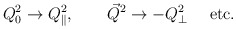
\begin{align*}Q_0^2 \to Q_{\|} ^2, \ \ \ \ \ \ {\vec Q}^2 \to - Q_{\bot}^2 \ \ \ \ {\rm etc.}\end{align*}